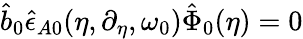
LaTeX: \hat{b}_{0}\hat{\epsilon}_{A0}(\eta,\partial_{\eta},\omega_{0})\hat{\Phi}_{0}(\eta)=0